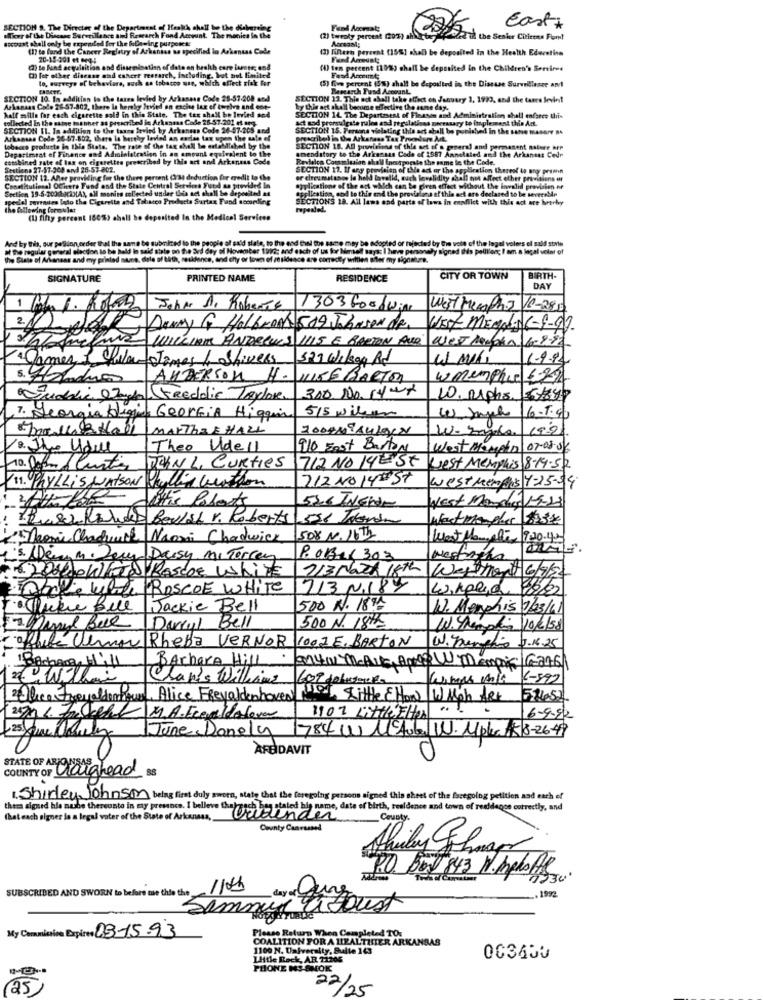
SECTION S. The Director of the Department of Ieakh shall
Fund Accmaty
Cast+
sicer of the Discese Surveillance and Research Fond Account. T
socoust shell only be expended for the following purperes:
(2) twroky percent (2oz) ahater
ART the Sesher Citizens Fun!
(1) to fund the Cancer Regletry of Arkansas u. specified
(3) filtern percent (15%] shall be deposited In the Health Ederetise
20-15-301 et seq-5
Fund Amount:
() Se fund acquisition and dissemination of date on health
(1) ten percent (108) shall be deposited in the Children's Servired
( for other disenan and caherr research, including.
lo, surveys of behaviors, such as tobacco use, wide
(5) five percent (5%) shall be deposited is the Disease Surveillance and
Fund Accnumt;
Research Fund Account
SECTION 10. In addition to the taxes levied by Arkansas Cod
SECTION 13. Thia not shall take effect on January 3, 1923, and the tanes levins!
Arkansas Code 26-57-802, there is hereby levied on encie lae ef
half mille for each cigarette sold in this Stale. The tex she
by this act skall become effective the same day.
collected In the saine mathher as prescribed in Arkansas Code 25-5
SECTION 14. The Departzsest of Fleasen and Administration shall enfance this
act god promulgate rules and regulations meerasary to implement this Act.
SECTION [1. In addition to the taana fewled by Arkansas Cod
SECTION 16. Persona vielating the act shall be punished in the she masere 84
Arkansas Code 56-67.802, there Is hereby levied an endes tax
prescribel in Uin Arkansas Tex Procedure Art.
Department of Finance and Administration in an amount e
tobacco products in this Stats. The rate of the tag shall be en
SECTION 18. AD provisions of this set of a general and permanent nature BrP
combined rate of lax en cigarettes prescribed by this act and
amendstory to the Arkansas Code of 1887 Annetated and the Arkansas Cedr
Ravioles Commission shall inestporate the same in the Code.
Sections 27-57-200 and 25-57-802.
SECTION 17. If any provision of the act or the application thereof to any pramen
SECTION 12. Aner pravkling for the there percent (334 deduction
or cireumatanos la held larvalid, auch lavalidity chall not affect other provitiens er
Constitutional OCheere Fund and the State Central Services Fut
Section 19-5-20013(2)(A), all monito collected under this act chat
applications of the art which can be given effect without the invalid provision er
application, and to this and the provisions of this act are declared to be severalde
del sovrades lasto the Cigarette and Tobacco Products Surta
SECTIONS 18. All laws and parts of laws in conflict with this act are hrtrhy
the Allowing formular
repeated.
(1) fifty percent
the M
10 end Chwil the same may be adopted or rejected by the vete of the legel volers el sald stvle
and each of us for biensell says: I have personaly signed Ihis peillon; I am a local veter of
as and my prix
of birth, residence,
sidence are correctly willen after my signature.
SIGNATURE
PRINTED NAME
RESIDENCE
CITY OR TOWN
BIRTH-
DAY
John A. Roberts
1303 Goodwin
West Memphis 10-281
2.1/2
Danny G Holbrook 509 Johnson de.
150-MEgaLAC-9-9)
WILLIAM ANDREWS 1115 E BARTON AND WEST london 6-9-92
James & Pilar James & Shivers
321 Wilson Rd
1-9.92
5. Hradnos
ANDERSON H.WIKKE BARTON
wmemphis 622
300 NO. 14-x
Fuddie Joya Freddie Taylor.
10. mphs. 54
7. Georgia Boligin Georgia Higgin
515 willem
(e) Jaangelo 6-1:40
MARTHAEHALL
W- Imple/199
Theo Udell
Plo Foot Barton
West Morpha 07-08-08
712 NO 14EST
10. Jon Plantas
JUANL, CURTIes
West Memphis 8-14.52
11. PhyLLIS WATSON Phyllis Cuisson
212 NO 141 ST
West Memphis 4-25-54
West Marca 19-23
It's Polets
536 INENde
werkthe Bowlstr. Roberts
went mangler $75€
Teorie Chaquick Naomi Chadwick
508 N. 16Th
West Hamplus :20.45
5. Deny m. Jeg Daisy Mi Torrey
POBOX 303
westinghs
6. 20 / 04/Fra Roscoe White
713 Noch 18th Westmont 6/9/20
Dali White ROSCOE WHITE
713 N.187
winplig 48/02
Jackie Bell
500 N. 18Th
W. Menphis 1/23/61
Darryl Bell
500 N. 18th
W. Champs 10/2/58
office Ulmor Rhepa VERNOR
1001E. BARTON
W. Lunghis 3.16.25
1Bachara Hill
BAcharA Hill .
anyW MAIS, AMORW Mempic G276
Chap's Williams
602 dolucionka
6-892
Olice Frevaldemiques, Alice Freyaldenhoven
110 Little &How W Mph let
51452
1107 Little Elto ...
20 76. Jeff M.A. Fcouldalera
16-9.82
June Donely 784 W 11 Aula W. Mpkr. 58-2649
AFFIDAVIT
COUNTY OF Vianahead ss
STATE OF ARONISAS
1. Shirley Johnson being first duly sworn, state that the foregoing persons signed this sheet of the foregoing petition and each of
beg stated hig name, date of birth, residence and town of residange correctly, and
(hat each signer la a legal vater of the State of Arkansas,
them sigurd hle nitbe thereusto in my presnes. I belleve theirh
County.
County Canvassed
PO Box 843 N.Mpls Hfs.
SUBSCRIBED AND SWORN to before mie thie the
1106
de a Cure
1992
Egoust
My Commission Expires 03-15.93
Please Return When Completed TO.
COALITION FOR A HEALTHIER ARKANSAS
1100 N. University, Sulle 163
Little Rock, AR 71205
PHONE MS-SMOK
22
(25)
/25